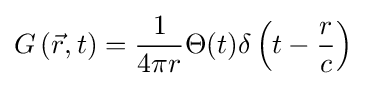
G\left({\vec {r}},t\right)={\frac {1}{4\pi r}}\Theta (t)\delta \left(t-{\frac {r}{c}}\right)